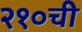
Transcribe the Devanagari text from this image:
२१०ची